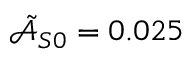
\tilde { \mathcal { A } } _ { S 0 } = 0 . 0 2 5